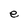
Character: e